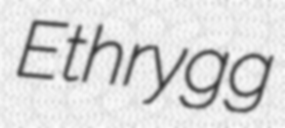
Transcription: Ethrygg